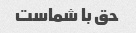
حق با شماست